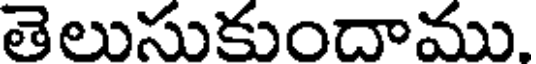
తెలుసుకుందాము.